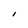
Character: i